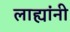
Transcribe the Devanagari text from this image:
लाह्यांनी